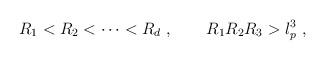
\begin{align*}R_1<R_2<\dots <R_d\ ,\qquad R_1 R_2 R_3>l_p^3\ ,\end{align*}